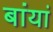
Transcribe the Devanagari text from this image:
बांयां